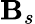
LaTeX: \mathbf{B}_{s}